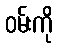
ဝမ်းကို